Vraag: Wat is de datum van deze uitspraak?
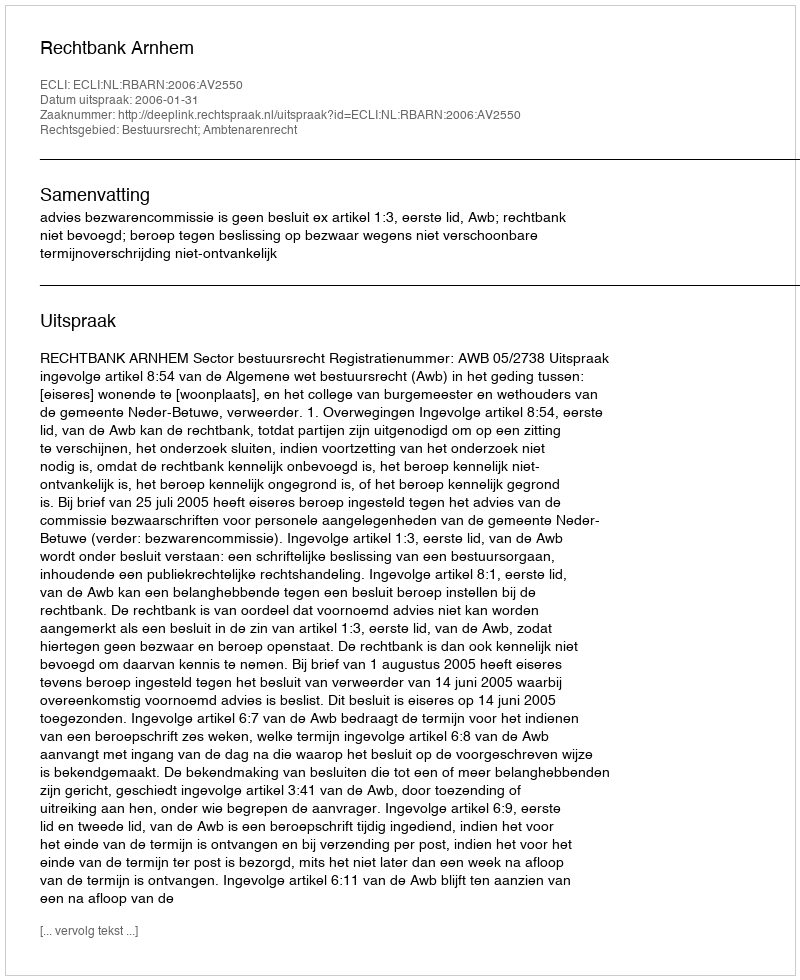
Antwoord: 2006-01-31